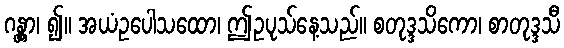
ဂန္တွာ၊ ၍။ အယံဥပေါသထော၊ ဤဥပုသ်နေ့သည်။ စတုဒ္ဒသိကော၊ စာတုဒ္ဒသီ